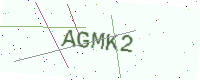
Text: AGMK2